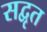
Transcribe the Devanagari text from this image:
सद्वृत